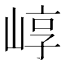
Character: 崞